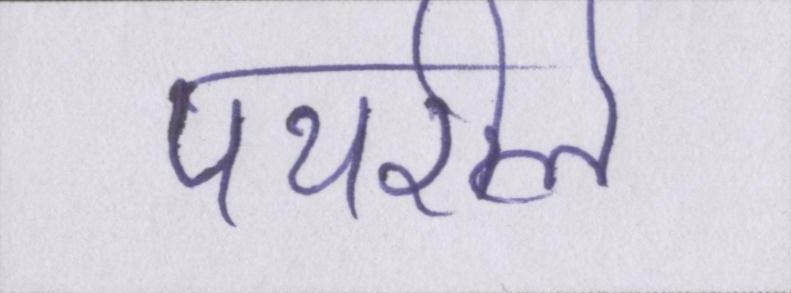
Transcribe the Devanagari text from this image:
पथरीले